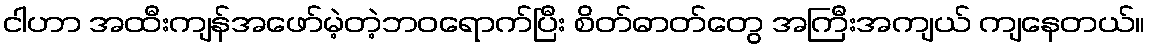
ငါဟာ အထီးကျန်အဖော်မဲ့တဲ့ဘဝရောက်ပြီး စိတ်ဓာတ်တွေ အကြီးအကျယ် ကျနေတယ်။